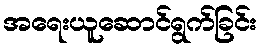
အရေးယူဆောင်ရွက်ခြင်း